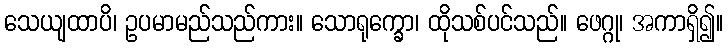
သေယျထာပိ၊ ဥပမာမည်သည်ကား။ သောရုက္ခော၊ ထိုသစ်ပင်သည်။ ဖေဂ္ဂု၊ အကာရှိ၍။